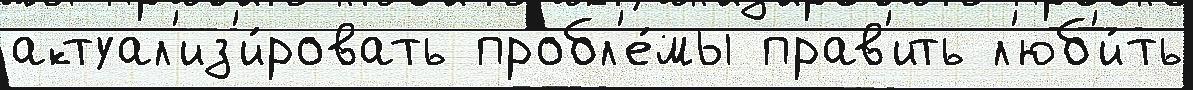
актуал'из'и́ровать пробл'е́мы прав'ить л'юб'и́ть